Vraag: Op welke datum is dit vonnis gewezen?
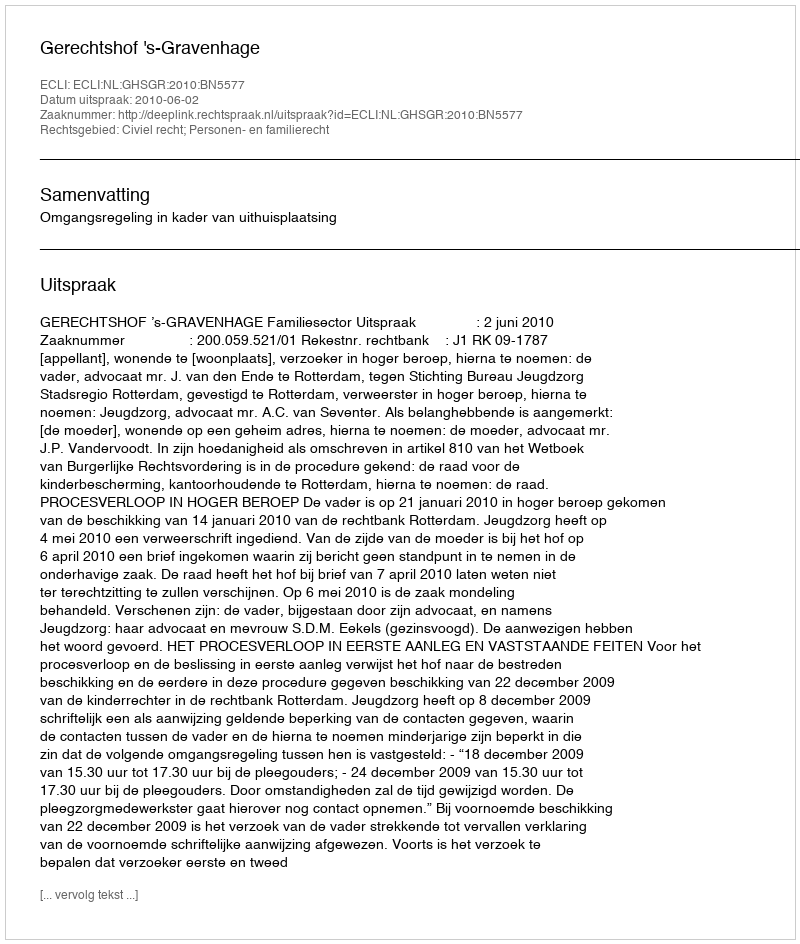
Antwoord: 2010-06-02